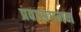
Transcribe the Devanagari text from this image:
प्रवासगमन